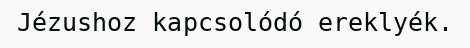
Jézushoz kapcsolódó ereklyék.